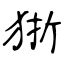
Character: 狾